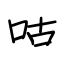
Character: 咕